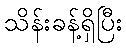
သိန်းခန့်ရှိပြီး